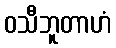
ဝသီဘူတာဟံ